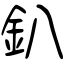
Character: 釟